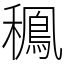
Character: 䆇